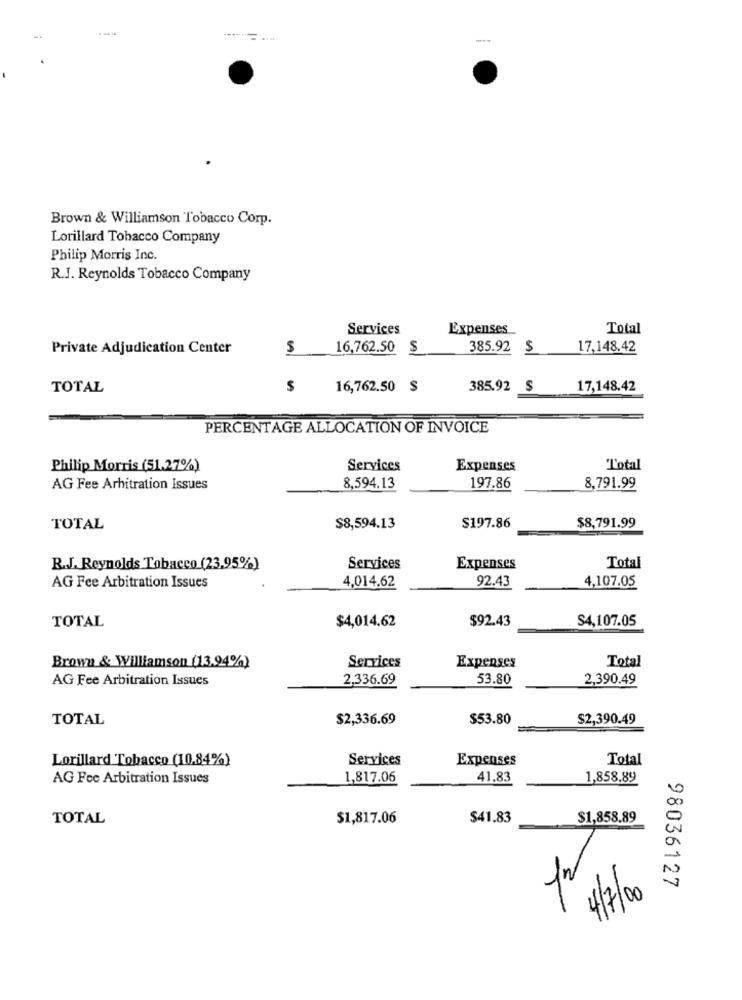
Brown & Williamson Tobacco Corp.
Lorillard Tobacco Company
Philip Morris Inc.
R.J. Reynolds Tobacco Company
Services
Expenses
Total
Private Adjudication Center
$
16,762.50 $
385.92 $
17,148.42
TOTAL
$
16,762.50 $
385.92 $
17,148.42
PERCENTAGE ALLOCATION OF INVOICE
Philip Morris (51.27%)
Services
Expenses
Total
AG Fee Arbitration Issues
8,594.13
197.86
8,791.99
TOTAL
$8,594.13
$197.86
$8,791.99
R.J. Reynolds Tobacco (23.95%)
Services
Expenses
Total
92.43
4,107.05
AG Fee Arbitration Issues
4,014.62
TOTAL
$4,014.62
$92.43
S4,107.05
Brown & Williamson (13.94%)
Services
Expenses
Total
AG Fee Arbitration Issues
2,336.69
53.80
2,390.49
TOTAL
$2,336.69
$53.80
$2,390.49
Lorillard Tobacco (10.84%)
Services
Expenses
Total
AG Fee Arbitration Issues
1,817.06
41,83
1,858,89
a
TOTAL
$1,817.06
$41.83
$1,858,89
a
1/2
98036127
4/7/00